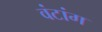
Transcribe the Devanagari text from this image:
वंटांग